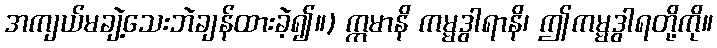
အကျယ်မချဲ့သေးဘဲချန်ထားခဲ့၍။) ဣမာနိ ကမ္မဒွါရာနိ၊ ဤကမ္မဒွါရတို့ကို။